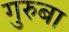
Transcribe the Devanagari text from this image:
गुरुबा